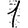
Digit: 1